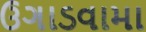
ઉગાડવામા